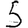
Digit: 5